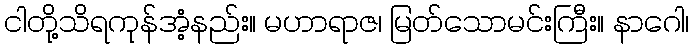
ငါတို့သိရကုန်အံ့နည်း။ မဟာရာဇ၊ မြတ်သောမင်းကြီး။ နာဂေါ၊